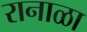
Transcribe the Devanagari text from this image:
रानाळा